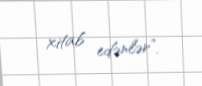
xitab edənlər”.